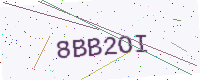
Text: 8BB2OI